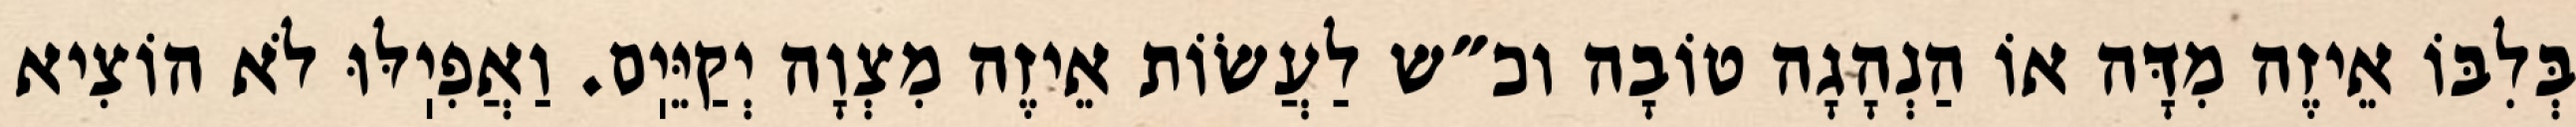
בְּלִבּוֹ אֵיזֶה מִדָּה אוֹ הַנְהָגָה טוֹבָה וכ״ש לַעֲשׂוֹת אֵיזֶה מִצְוָה יְקַיֵּיֽם. וַאֲפִיֽלּוּ לֹא הוֹצִיא